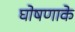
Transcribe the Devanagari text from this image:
घोषणाके